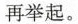
再举起。